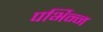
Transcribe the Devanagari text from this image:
पर्भिन्न